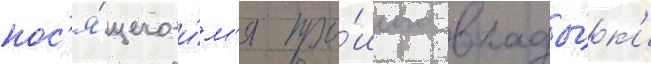
нос'я́щего и́м'я про́шлого влады́к'и